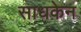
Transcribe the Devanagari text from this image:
साधकेन